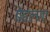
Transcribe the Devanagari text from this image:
बेहलाए